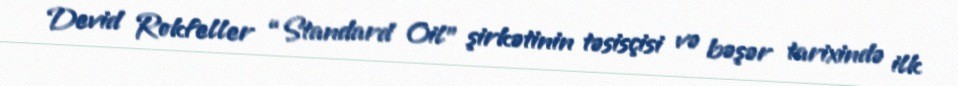
Devid Rokfeller “Standard Oil” şirkətinin təsisçisi və bəşər tarixində ilk